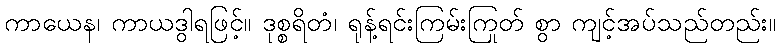
ကာယေန၊ ကာယဒွါရဖြင့်။ ဒုစ္စရိတံ၊ ရုန့်ရင်းကြမ်းကြုတ် စွာ ကျင့်အပ်သည်တည်း။